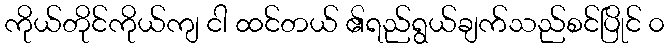
ကိုယ်တိုင်ကိုယ်ကျ ငါ ထင်တယ် ၏ရည်ရွယ်ချက်သည်စင်ပြိုင် ၀